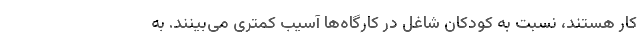
کار هستند، نسبت به کودکان شاغل در کارگاه‌ها آسیب کمتری می‌بینند. به